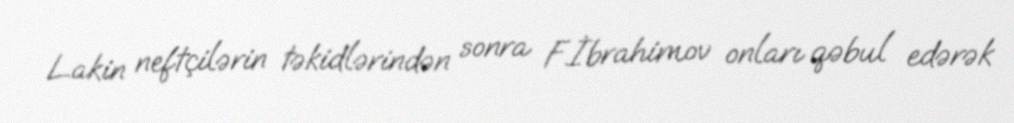
Lakin neftçilərin təkidlərindən sonra F.İbrahimov onları qəbul edərək